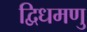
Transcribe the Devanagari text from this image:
द्विधमणु